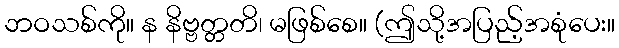
ဘဝသစ်ကို။ န နိဗ္ဗတ္တတိ၊ မဖြစ်စေ။ (ဤသို့အပြည့်အစုံပေး။